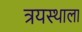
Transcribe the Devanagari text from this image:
त्रयस्थाला